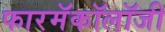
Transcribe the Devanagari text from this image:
फारमॅकॉलॉजी